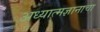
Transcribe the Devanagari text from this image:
अध्यात्मज्ञानाचा